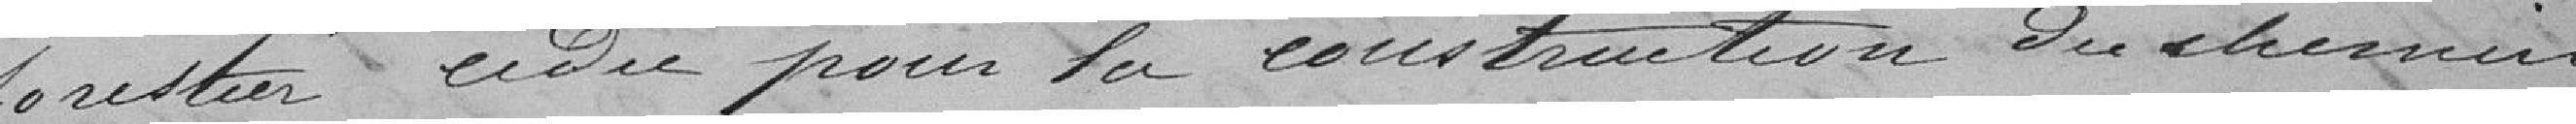
forestier dédié pour la construction du chemin